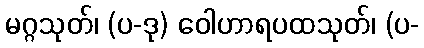
မဂ္ဂသုတ်၊ (ပ-ဒု) ဝေါဟာရပထသုတ်၊ (ပ-